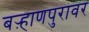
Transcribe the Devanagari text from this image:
बऱ्हाणपुरावर